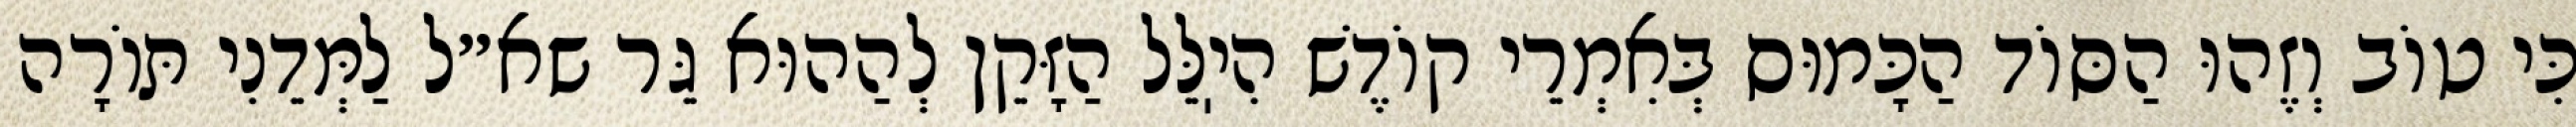
כִּי טוֹב וְזֶהוּ הַסּוֹד הַכָּמוּס בְּאִמְרֵי קוֹדֶשׁ הִיֽלֵּל הַזָּקֵן לְהַהוּא גֵּר שא״ל לַמְּדֵנִי תּוֹרָה